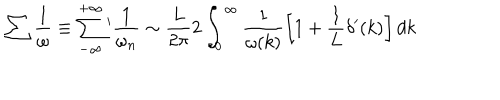
LaTeX: \sum \frac { 1 } { \omega } \equiv \sum _ { - \infty } ^ { + \infty } \, \! ^ { \prime } \frac { 1 } { \omega _ { n } } \sim \frac { L } { 2 \pi } 2 \int _ { 0 } ^ { \infty } \frac { 1 } { \omega ( k ) } \left[ 1 + \frac { 1 } { L } \delta ^ { \prime } ( k ) \right] d k